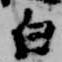
白